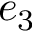
e _ { 3 }